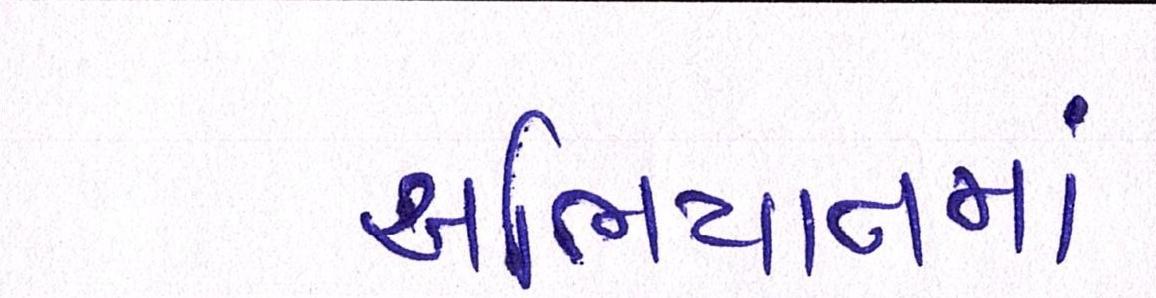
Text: અભિયાનમાં